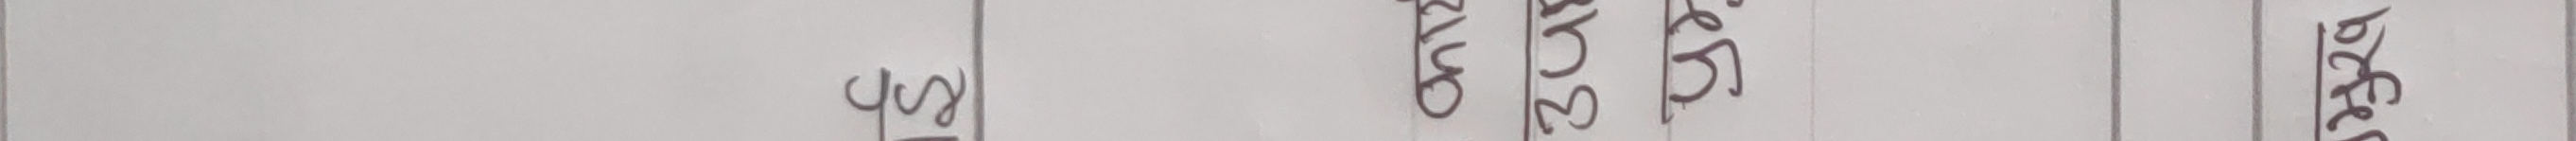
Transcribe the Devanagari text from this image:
प्रमाण
अ आ इ ई उ ऊ ऋ ए ऐ ओ औ अं अः
१ ज्यौ